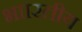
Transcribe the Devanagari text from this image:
भाारतीय